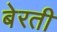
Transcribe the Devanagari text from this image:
बेरती